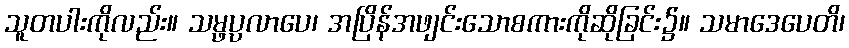
သူတပါးကိုလည်း။ သမ္ဖပ္ပလာပေ၊ အပြိန်အဖျင်းသောစကားကိုဆိုခြင်း၌။ သမာဒေပေတိ၊